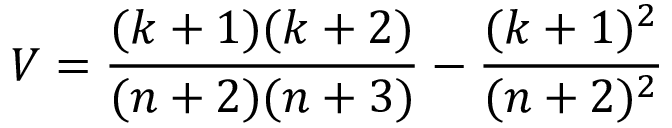
V = \frac { ( k + 1 ) ( k + 2 ) } { ( n + 2 ) ( n + 3 ) } - \frac { ( k + 1 ) ^ { 2 } } { ( n + 2 ) ^ { 2 } }